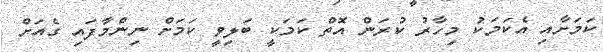
ކަމަށާއި އެކަމަކު މިހާރު ކުރަން އޮތް ކަމަކީ ބަލިވީ ކަމަށް ނިންމާފައި ގެއަށް